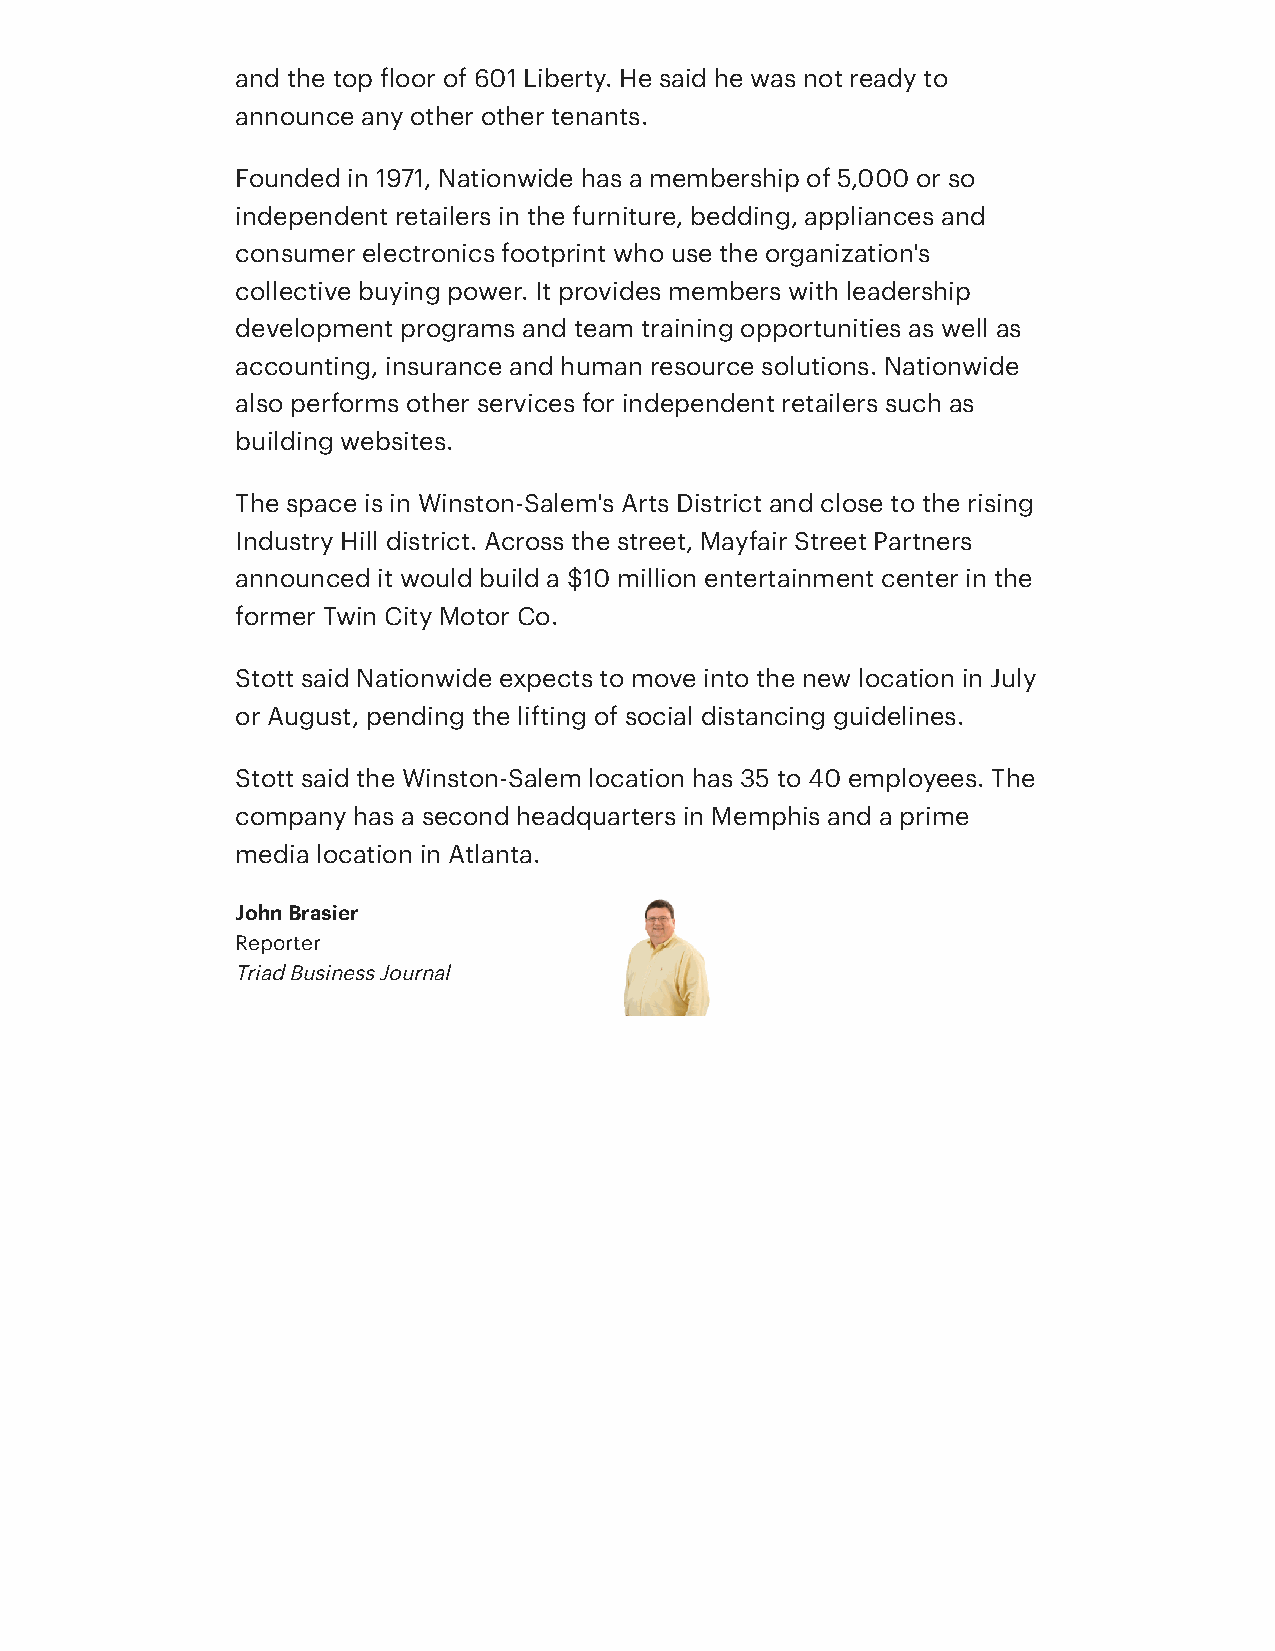
and the top floor of 601 Liberty. He said he was not ready to
 announce any other other tenants.
 Founded in 1971, Nationwide has a membership of 5,000 or so
 independent retailers in the furniture, bedding, appliances and
 consumer electronics footprint who use the organization's
 collective buying power. It provides members with leadership
 development programs and team training opportunities as well as
 accounting, insurance and human resource solutions. Nationwide
 also performs other services for independent retailers such as
 building websites.
 The space is in Winston-Salem's Arts District and close to the rising
 Industry Hill district. Across the street, Mayfair Street Partners
 announced it would build a $10 million entertainment center in the
 former Twin City Motor Co.
 Stott said Nationwide expects to move into the new location in July
 or August, pending the lifting of social distancing guidelines.
 Stott said the Winston-Salem location has 35 to 40 employees. The
 company has a second headquarters in Memphis and a prime
 media location in Atlanta.
 John Brasier
 Reporter
 Triad Business Journal